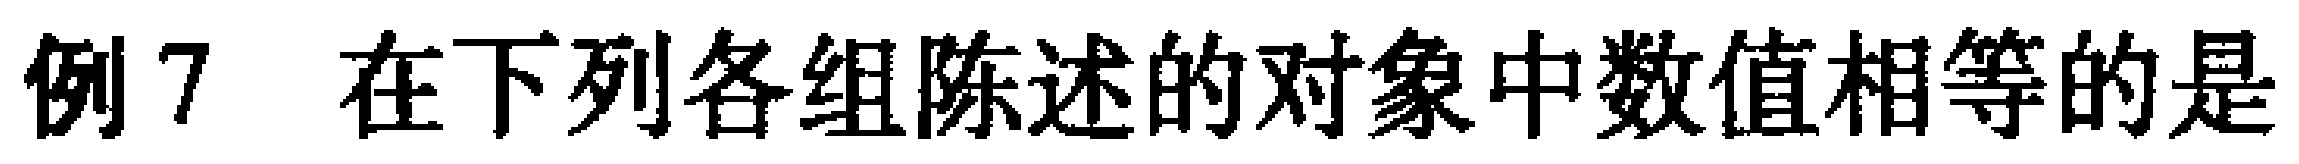
例7 在下列各组陈述的对象中数值相等的是